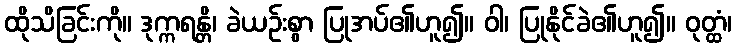
ထိုသိခြင်းကို။ ဒုက္ကရန္တိ၊ ခဲယဉ်းစွာ ပြုအပ်၏ဟူ၍။ ဝါ၊ ပြုနိုင်ခဲ၏ဟူ၍။ ဝုတ္ထံ၊